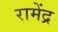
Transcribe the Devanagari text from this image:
रामेंद्र